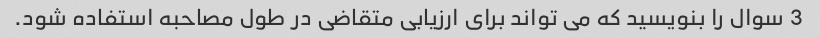
3 سوال را بنویسید که می تواند برای ارزیابی متقاضی در طول مصاحبه استفاده شود.